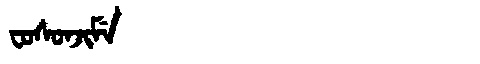
Manchu: ᠸᠣᠰᠣᠨᠵᡳᠮᡝ
Romanization: FOSONJIME